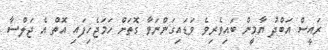
ރައީސް އަބްދު ޔާމީން ބައިވެރިވެ ވަޑައިގަންނަވާ ގޮތަށް ހަމަޖެހިފައި އޮތް އެ ޖަލްސާ